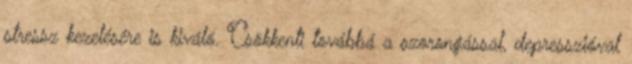
stressz kezelésére is kiváló. Csökkenti továbbá a szorongással, depresszióval